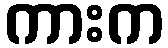
ကားက